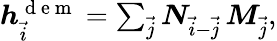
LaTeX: \begin{array}{r}{\boldsymbol{h}_{\vec{i}}^{\mathrm{~d~e~m~}}=\sum_{\vec{j}}\boldsymbol{N}_{\vec{i}-\vec{j}}\, \boldsymbol{M}_{\vec{j}},}\end{array}